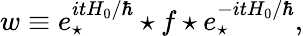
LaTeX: w\equiv e_{\star}^{itH_{0}/\hbar}\star f\star e_{\star}^{-itH_{0}/\hbar},